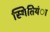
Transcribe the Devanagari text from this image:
स्थितियंा